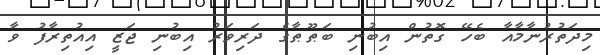
މިދަތުރުނާމާއާ ބެހޭ ގޮތުން އިބުނި ބަޠޫޠާގެ ދަރިވަރު އިބުނި ޖަޒީ އިއުތިރާފު ވާ